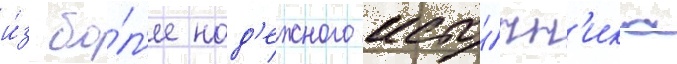
и́з бо́л'ее над'ежного исто́чн'ика